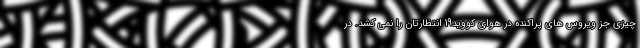
چیزی جز ویروس های پراکنده در هوای کووید19 انتظارتان را نمی کشد. در